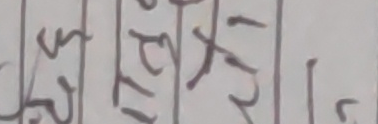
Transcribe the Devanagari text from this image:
उनीको